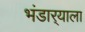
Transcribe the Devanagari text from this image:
भंडार्‍याला